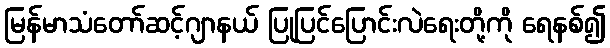
မြန်မာသံတော်ဆင့်ဂျာနယ် ပြုပြင်ပြောင်းလဲရေးတို့ကို ရေနစ်၍